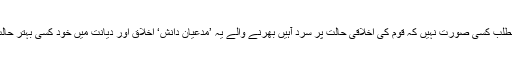
اس کا یہ مطلب کسی صورت نہیں کہ قوم کی اخلاقی حالت پر سرد آہیں بھرنے والے یہ ’مدعیانِ دانش‘ اخلاق اور دیانت میں خود کسی بہتر حالت میں ہیں!